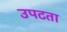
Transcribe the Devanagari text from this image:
उपटता